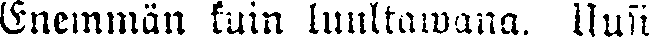
Enemmän kuin luultawana. Uusi